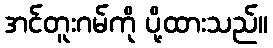
အင်တူးဂမ်ကို ပို့ထားသည်။